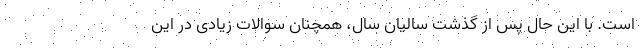
است. با این حال پس از گذشت سالیان سال، همچنان سوالات زیادی در این